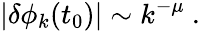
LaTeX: \vert\delta\phi_{k}(t_{0})\vert\sim k^{-\mu}\ .